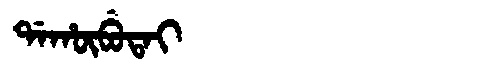
Manchu: ᡩᠠᡥᡡᠪᡠᡨᠠᡳ
Romanization: DAHŪBUTAI